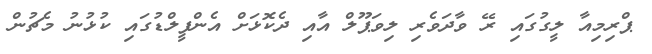
ޕްރިމިއާ ލީގުގައި ރޭ ވާދަވެރި ލިވަޕޫލް އާއި ދެކޮޅަށް އެންފީލްޑުގައި ކުޅުނު މެޗުން